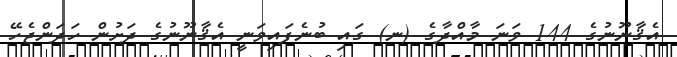
އެޤާނޫނުގެ 144 ވަނަ މާއްދާގެ (ނ) ގައި ބުނެފައިވަނީ އެޤާނޫނުގެ ދަށުން ހަދަންޖެހޭ